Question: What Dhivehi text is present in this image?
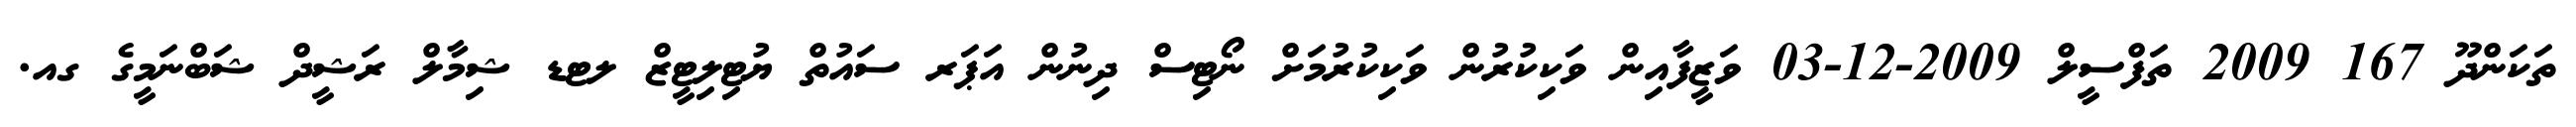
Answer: ތަކަންދޫ 167 2009 ތަފްސީލް 2009-12-03 ވަޒީފާއިން ވަކިކުރުން ވަކިކުރުމަށް ނޯޓިސް ދިނުން އަޕަރ ސައުތް ޔުޓިލިޓީޒް ލޓޑ ޝިމާލް ރަޝީދް ޝަބްނަމީގެ ގއ.